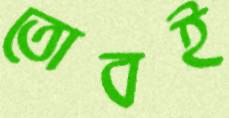
তোবই